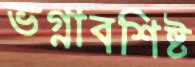
ভগ্নাবশিষ্ট